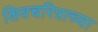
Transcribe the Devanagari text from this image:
शिवचरित्राच्या